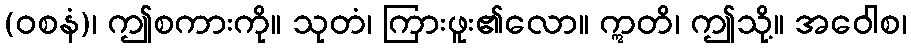
(ဝစနံ)၊ ဤစကားကို။ သုတံ၊ ကြားဖူး၏လော။ ဣတိ၊ ဤသို့။ အဝေါစ၊